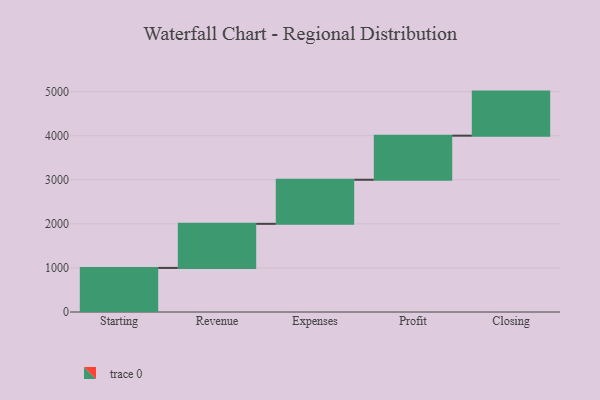
{"axis": {"x": "Step", "y": "Value"}, "legend": [""], "data": [{"x": "Starting", "y": 1000, "type": ""}, {"x": "Revenue", "y": 1000, "type": ""}, {"x": "Expenses", "y": 1000, "type": ""}, {"x": "Profit", "y": 1000, "type": ""}, {"x": "Closing", "y": 1000, "type": ""}]}